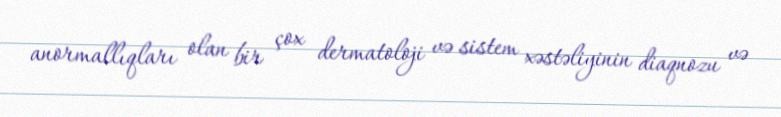
anormallıqları olan bir çox dermatoloji və sistem xəstəliyinin diaqnozu və